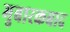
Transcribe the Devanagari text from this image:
मुबारकबाद